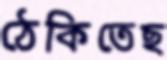
ঠেকিতেছ